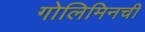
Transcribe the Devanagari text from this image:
गोलिमिनची